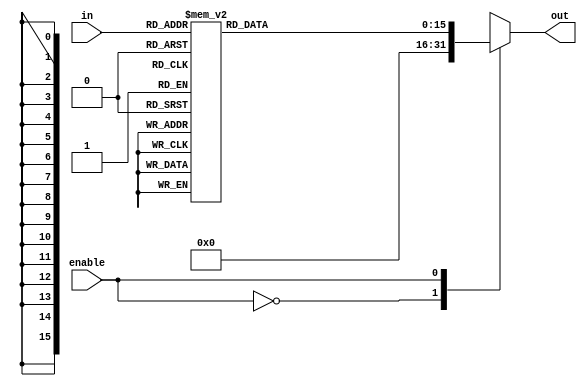
module decoder4to16(input enable, input [3:0] in, output reg [15:0] out);

	always @ (in)
    begin
      case (enable)
        1'b0: out = 16'b0000000000000000;
        1'b1: begin
            		case (in)
       		     	  4'b0000: out = 16'b0000000000000001;
       			      4'b0001: out = 16'b0000000000000010;
                  4'b0010: out = 16'b0000000000000100;
			            4'b0011: out = 16'b0000000000001000;
				          4'b0100: out = 16'b0000000000010000;
				          4'b0101: out = 16'b0000000000100000;
		   		        4'b0110: out = 16'b0000000001000000;
		   		        4'b0111: out = 16'b0000000010000000;
		   		        4'b1000: out = 16'b0000000100000000;
		   		        4'b1001: out = 16'b0000001000000000;
				          4'b1010: out = 16'b0000010000000000;
		   		        4'b1011: out = 16'b0000100000000000;
		   		        4'b1100: out = 16'b0001000000000000;
		   		        4'b1101: out = 16'b0010000000000000;
		   		        4'b1110: out = 16'b0100000000000000;
		   		        4'b1111: out = 16'b1000000000000000;
		            endcase
	            end
	    endcase
	  end

endmodule